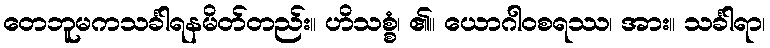
တေဘူမကသင်္ခါရနမိတ်တည်း။ ဟိသစ္စံ၊ ၏။ ယောဂါဝစရဿ၊ အား။ သင်္ခါရာ၊